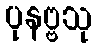
ပုနဗ္ဗသု